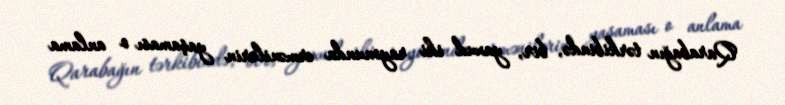
Qarabağın tərkibində, bir, yaxud iki rayonunda ermənilərin yaşaması o anlama